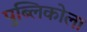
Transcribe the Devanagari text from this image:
पुब्लिकोला